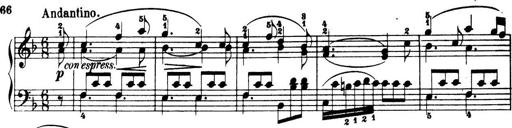
Title: 32 Sonatinas and Rondos for the Piano
Composer: Richard Kleinmichel